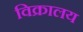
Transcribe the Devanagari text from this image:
विक्रालय